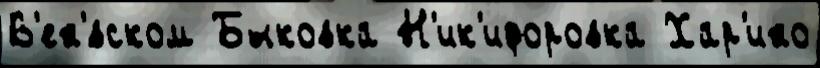
В'ен'́вском Быковка Н'ик'ифоровка Хар'ино